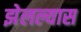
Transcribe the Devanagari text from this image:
झेलल्यास